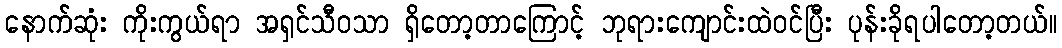
နောက်ဆုံး ကိုးကွယ်ရာ အရှင်သီဝသာ ရှိတော့တာကြောင့် ဘုရားကျောင်းထဲဝင်ပြီး ပုန်းခိုရပါတော့တယ်။